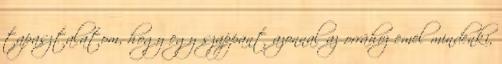
tapasztalatom, hogy egy szappant azonnal az orrához emel mindenki,